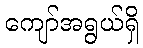
ကျော်အရွယ်ရှိ